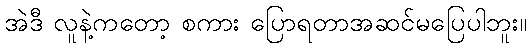
အဲဒီ လူနဲ့ကတော့ စကား ပြောရတာအဆင်မပြေပါဘူး။